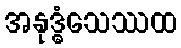
အနုဒ္ဓံသေဿထ